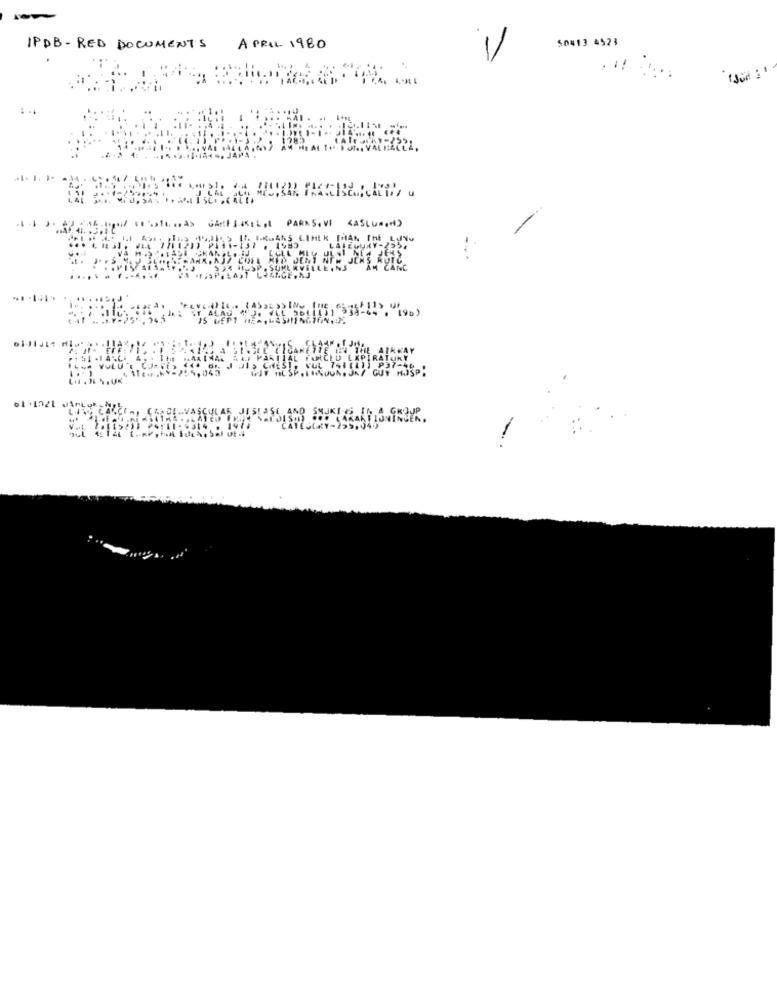
50413 4523
IPDB- RED DOCUMENTS
APRIL 1980
PARKS. VI
(ASLURONS